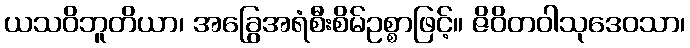
ယသဝိဘူတိယာ၊ အခြွေအရံစီးစိမ်ဥစ္စာဖြင့်။ ဇိဝိတဝါသုဒေဝသာ၊